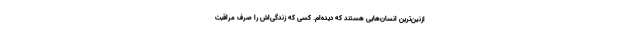
ازنین‌ترین انسان‌هایی هستند که دیده‌ام. کسی که زندگی‌اش را صرف مراقبت